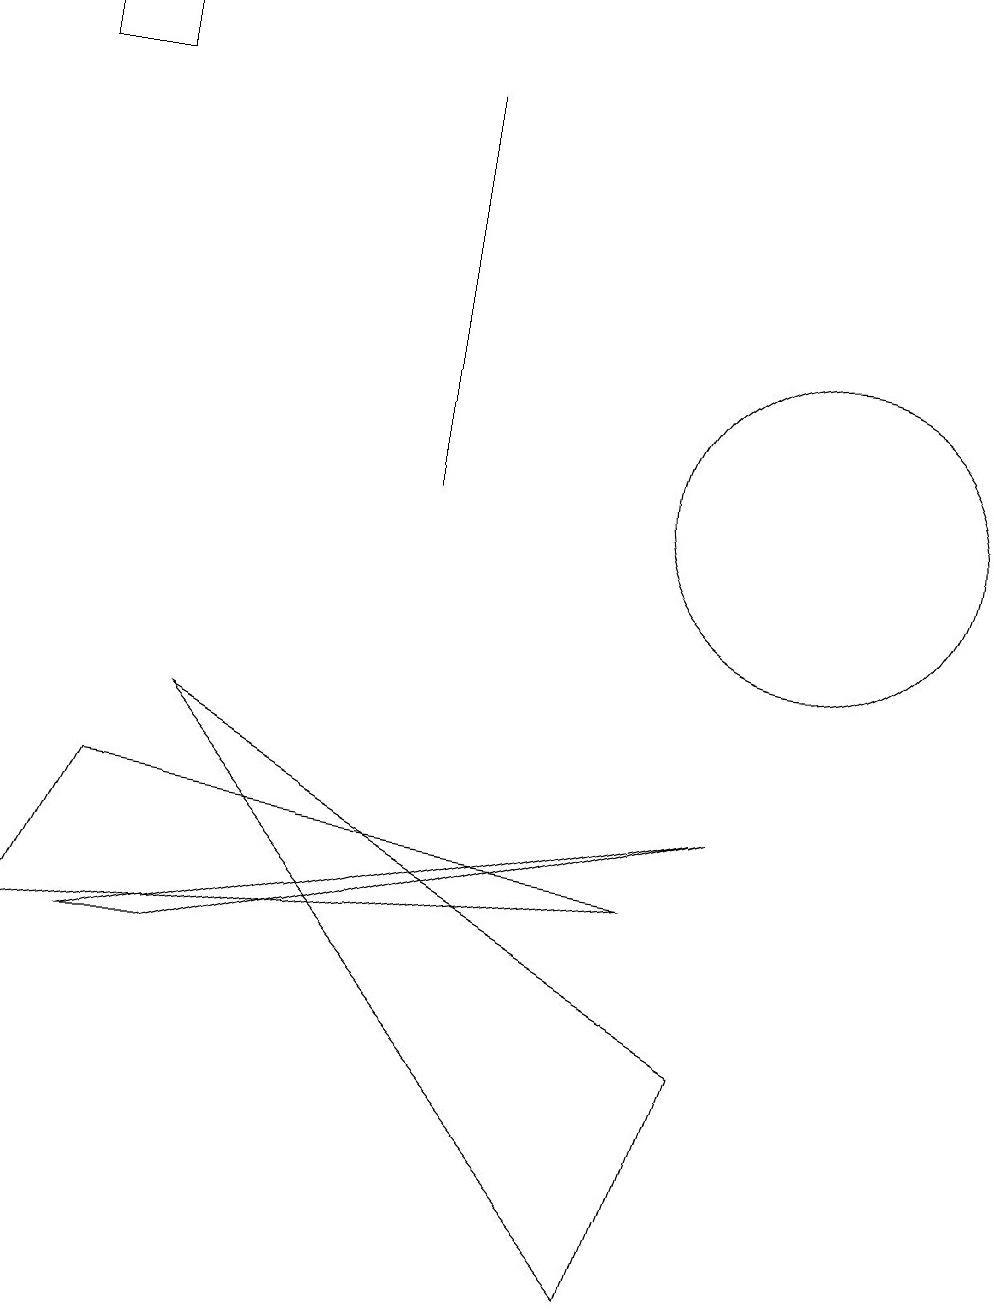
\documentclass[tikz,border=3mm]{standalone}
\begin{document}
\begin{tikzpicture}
\draw (9,6) -- (2,4) -- (1,4) -- cycle;
\draw (0,4) -- (8,5) -- (1,6) -- cycle;
\draw (0,16) rectangle (1,15);
\draw (5,15) rectangle (5,10);
\draw (10,10) circle (2);
\draw (2,7) -- (8,0) -- (9,3) -- cycle;
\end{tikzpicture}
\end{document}